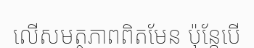
លើសមត្ថភាពពិតមែន ប៉ុន្តែបើ